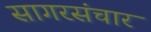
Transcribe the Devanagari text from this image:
सागरसंचार